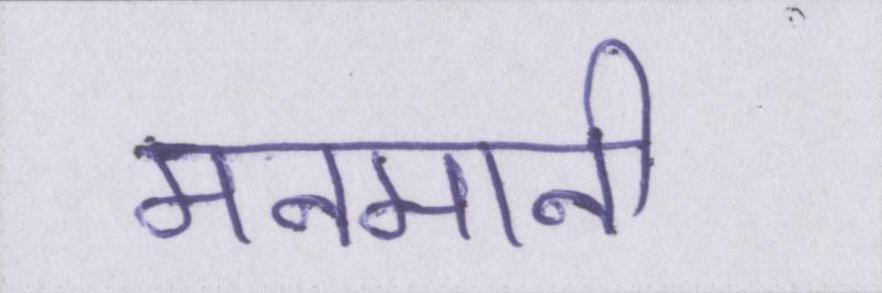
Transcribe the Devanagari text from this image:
मनमानी